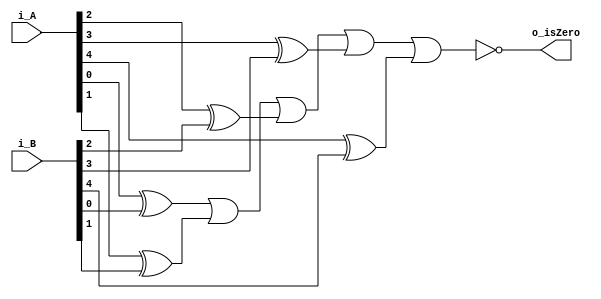
module comparator_equal(i_A, i_B, o_isZero);
	input [4:0]i_A, i_B;
	output o_isZero;
	wire xor0, xor1, xor2, xor3, xor4;
	genvar i;
	
	nor no1(o_isZero, xor0, xor1, xor2, xor3, xor4);
	xor x0(xor0, i_A[0], i_B[0]);
	xor x1(xor1, i_A[1], i_B[1]);
	xor x2(xor2, i_A[2], i_B[2]);
	xor x3(xor3, i_A[3], i_B[3]);
	xor x4(xor4, i_A[4], i_B[4]);
	
endmodule